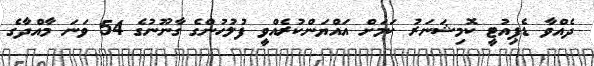
ދެއްވާ ޑެޕިއުޓީ ކޮމިޝަނަރު ކަމަށް އައްޔަންކުރެއްވީ ފުލުހުންގެ ގާނޫނުގެ 54 ވަނަ މާއްދާގެ